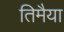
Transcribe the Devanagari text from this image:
तिमैया